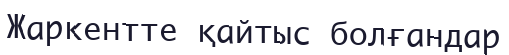
Жаркентте қайтыс болғандар